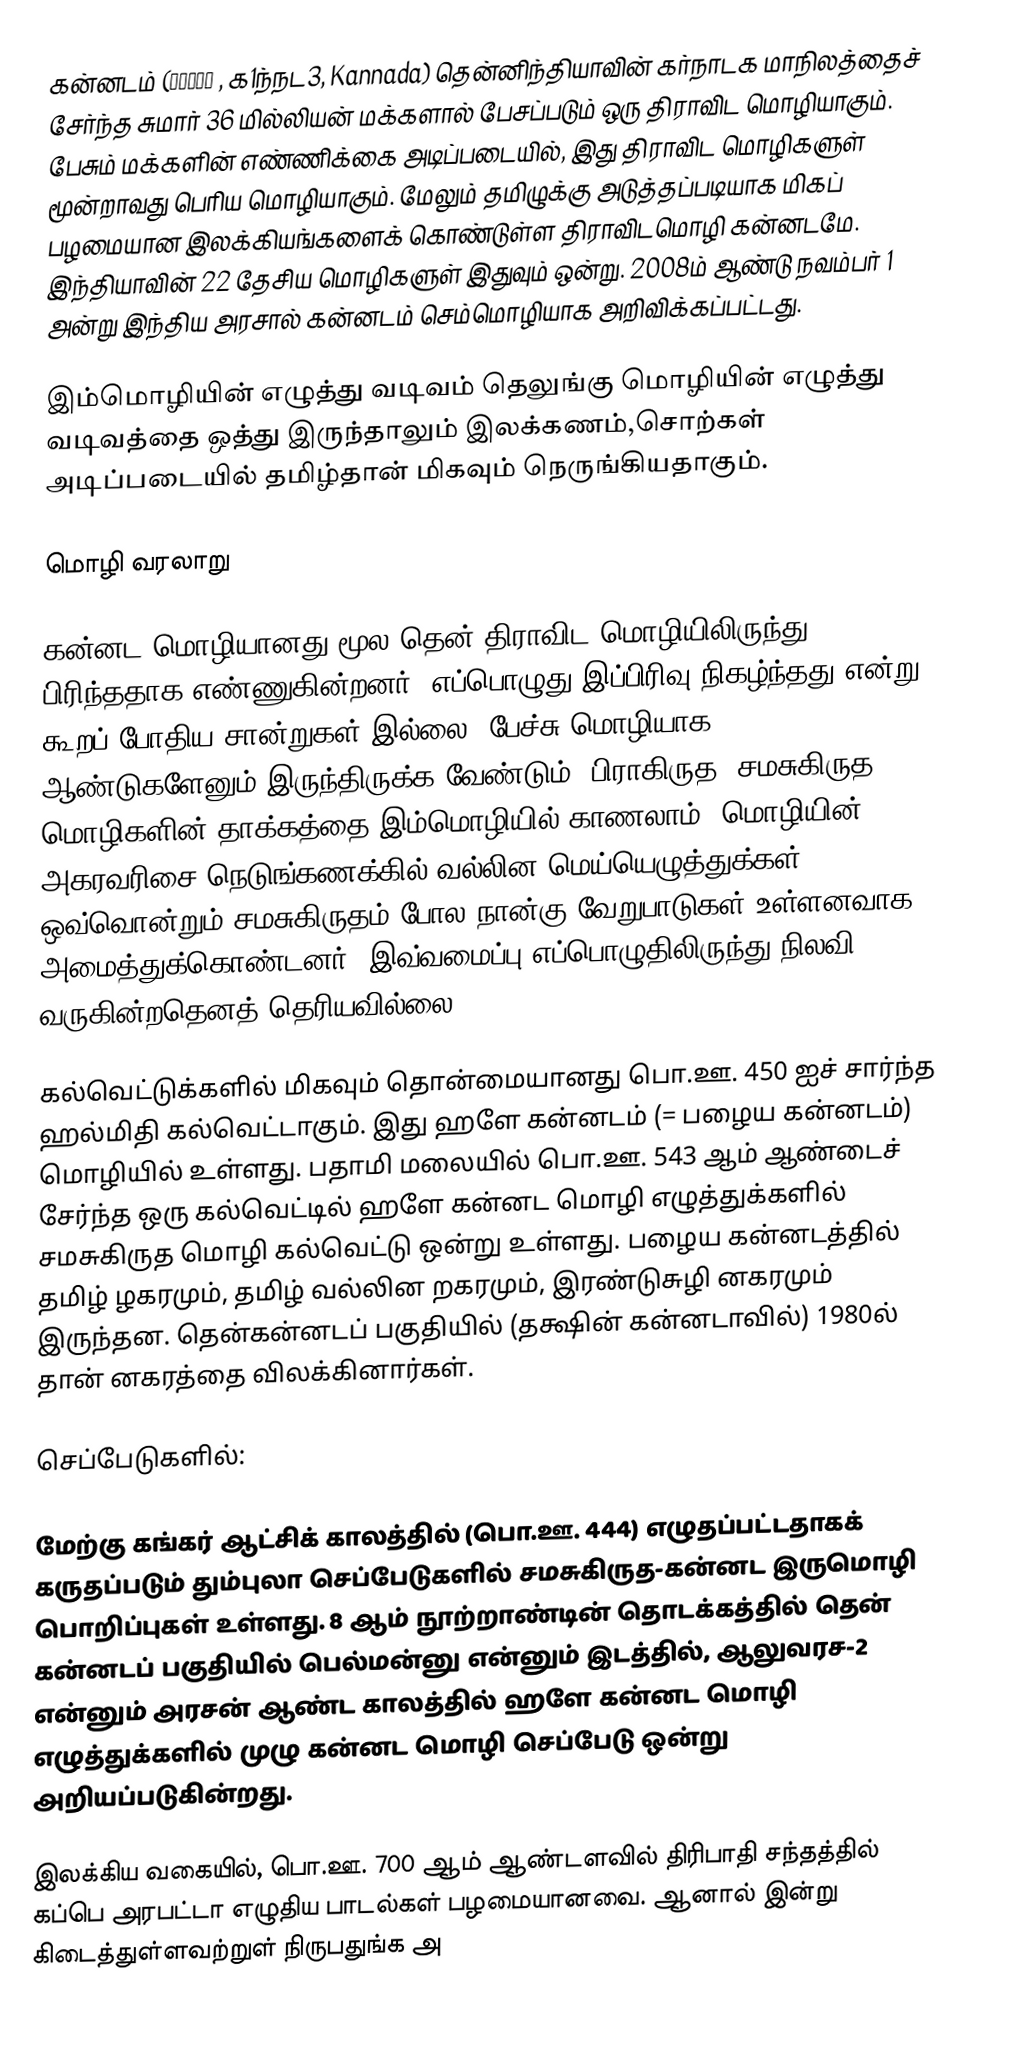
கன்னடம் (ಕನ್ನಡ , க1ந்நட3, Kannada) தென்னிந்தியாவின் கர்நாடக மாநிலத்தைச் சேர்ந்த சுமார் 36 மில்லியன் மக்களால் பேசப்படும் ஒரு திராவிட மொழியாகும்.  பேசும் மக்களின் எண்ணிக்கை அடிப்படையில், இது திராவிட மொழிகளுள் மூன்றாவது பெரிய மொழியாகும். மேலும் தமிழுக்கு அடுத்தப்படியாக மிகப் பழமையான இலக்கியங்களைக் கொண்டுள்ள திராவிடமொழி கன்னடமே. இந்தியாவின் 22 தேசிய மொழிகளுள் இதுவும் ஒன்று.  2008ம் ஆண்டு நவம்பர் 1 அன்று இந்திய அரசால் கன்னடம் செம்மொழியாக அறிவிக்கப்பட்டது.

இம்மொழியின் எழுத்து வடிவம்  தெலுங்கு மொழியின் எழுத்து வடிவத்தை ஒத்து இருந்தாலும் இலக்கணம்,சொற்கள் அடிப்படையில் தமிழ்தான் மிகவும் நெருங்கியதாகும்.

மொழி வரலாறு

கன்னட மொழியானது மூல தென் திராவிட மொழியிலிருந்து பிரிந்ததாக எண்ணுகின்றனர். எப்பொழுது இப்பிரிவு நிகழ்ந்தது என்று கூறப் போதிய சான்றுகள் இல்லை. பேச்சு மொழியாக 2000 ஆண்டுகளேனும் இருந்திருக்க வேண்டும். பிராகிருத, சமசுகிருத மொழிகளின் தாக்கத்தை இம்மொழியில் காணலாம். மொழியின், அகரவரிசை நெடுங்கணக்கில் வல்லின மெய்யெழுத்துக்கள் ஒவ்வொன்றும் சமசுகிருதம் போல நான்கு வேறுபாடுகள் உள்ளனவாக அமைத்துக்கொண்டனர். இவ்வமைப்பு எப்பொழுதிலிருந்து நிலவி வருகின்றதெனத் தெரியவில்லை.

கல்வெட்டுக்களில் மிகவும் தொன்மையானது பொ.ஊ. 450 ஐச் சார்ந்த ஹல்மிதி கல்வெட்டாகும். இது ஹளே கன்னடம் (= பழைய கன்னடம்) மொழியில் உள்ளது. பதாமி மலையில் பொ.ஊ. 543 ஆம் ஆண்டைச் சேர்ந்த ஒரு கல்வெட்டில் ஹளே கன்னட மொழி எழுத்துக்களில் சமசுகிருத மொழி கல்வெட்டு ஒன்று உள்ளது. பழைய கன்னடத்தில் தமிழ் ழகரமும்,  தமிழ் வல்லின றகரமும், இரண்டுசுழி னகரமும் இருந்தன. தென்கன்னடப் பகுதியில் (தக்ஷின் கன்னடாவில்) 1980ல் தான் னகரத்தை விலக்கினார்கள்.

செப்பேடுகளில்:

மேற்கு கங்கர் ஆட்சிக் காலத்தில் (பொ.ஊ. 444) எழுதப்பட்டதாகக் கருதப்படும் தும்புலா செப்பேடுகளில் சமசுகிருத-கன்னட இருமொழி பொறிப்புகள் உள்ளது. 8 ஆம் நூற்றாண்டின் தொடக்கத்தில் தென் கன்னடப் பகுதியில் பெல்மன்னு என்னும் இடத்தில்,  ஆலுவரச-2  என்னும் அரசன் ஆண்ட காலத்தில் ஹளே கன்னட மொழி எழுத்துக்களில் முழு கன்னட மொழி செப்பேடு ஒன்று அறியப்படுகின்றது.

இலக்கிய வகையில், பொ.ஊ. 700 ஆம் ஆண்டளவில் திரிபாதி சந்தத்தில் கப்பெ அரபட்டா எழுதிய பாடல்கள் பழமையானவை. ஆனால் இன்று கிடைத்துள்ளவற்றுள் நிருபதுங்க அ